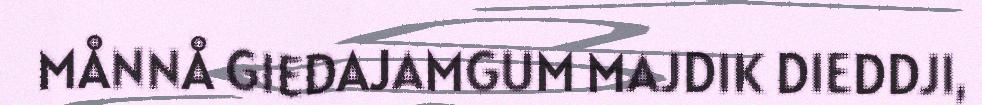
MÅNNÅ GIEDAJAMGUM MAJDIK DIEDDJI,